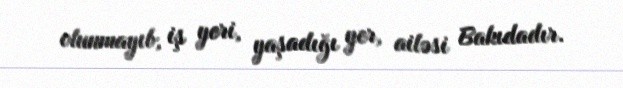
olunmayıb, iş yeri, yaşadığı yer, ailəsi Bakıdadır.